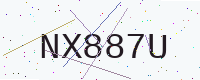
Text: NX887U